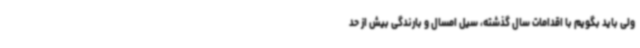
ولی باید بگویم با اقدامات سال گذشته، سیل امسال و بارندگی بیش از حد